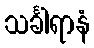
သင်္ခါရာနံ